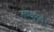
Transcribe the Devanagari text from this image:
ताश्कंदवर